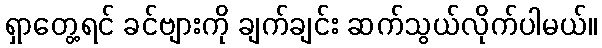
ရှာတွေ့ရင် ခင်ဗျားကို ချက်ချင်း ဆက်သွယ်လိုက်ပါမယ်။